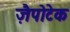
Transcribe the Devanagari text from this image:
ज़ैपोटेक